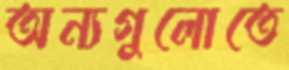
অন্যগুলোতে